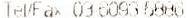
TEL/FAX 03-6093 6886